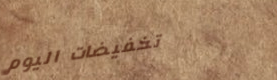
تخفيضات اليوم